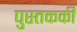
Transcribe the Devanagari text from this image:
पुस्तककी